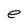
Character: e